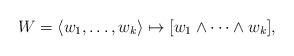
LaTeX: \begin{align*}W=\langle w_1,\dots,w_k\rangle \mapsto [w_1\wedge \cdots \wedge w_k],\end{align*}